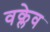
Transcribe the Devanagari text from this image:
वक्लेव